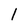
Character: 1